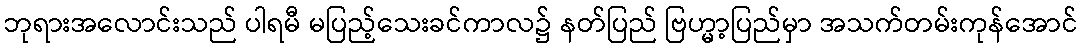
ဘုရားအလောင်းသည် ပါရမီ မပြည့်သေးခင်ကာလ၌ နတ်ပြည် ဗြဟ္မာ့ပြည်မှာ အသက်တမ်းကုန်အောင်